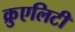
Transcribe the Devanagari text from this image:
क्रुएलिटी